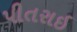
પીતરાઇ